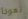
تعودا